Annual administration report of the Civil Veterinary Department of India - 1898-1899
Year: 1898
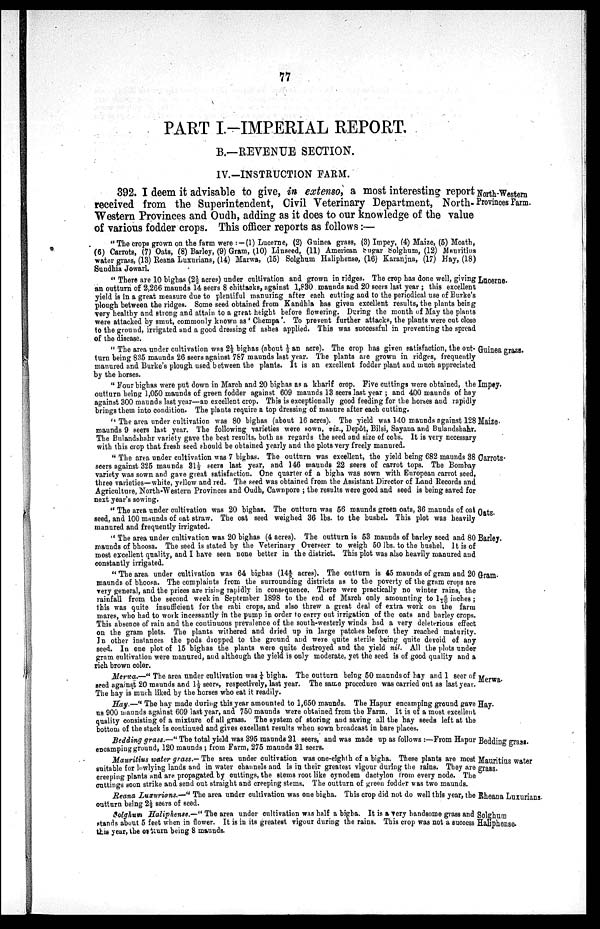
77
PART I.-IMPERIAL REPORT.
B.—REVENUE SECTION.
IV.-INSTRUCTION FARM.
North-Western
Provinces Farm.
392. I deem it advisable to give, in extenso, a most interesting report
received from the Superintendent, Civil Veterinary Department, North-
Western Provinces and Oudh, adding as it does to our knowledge of the value
of various fodder crops. This officer reports as follows:—
"The crops grown on the farm were:—(1) Lucerne, (2) Guinea grass, (3) Impey, (4) Maize, (5) Moath,
(6) Carrots, (7) Oats, (8) Barley, (9) Gram, (10) Linseed, (11) American Sugar Solghum, (12) Mauritius
water grass, (13) Reana Luxurians, (14) Marwa, (15) Solghum Haliphense, (16) Karanjna, (17) Hay, (18)
Sundhia Jowari.
Lucerne.
"There are 10 bighas (2 ½ acres) under cultivation and grown in ridges. The crop has done well, giving
an outturn of 2,266 maunds 14 seers 8 chittacks, against 1,830 maunds and 20 seers last year; this excellent
yield is in a great measure due to plentiful manuring after each cutting and to the periodical use of Burke's
plough between the ridges. Some seed obtained from Kandhla has given excellent results, the plants being
very healthy and strong and attain to a great height before flowering. During the month of May the plants
were attacked by smut, commonly known as 'Chempa'. To prevent further attacks, the plants were cut close
to the ground, irrigated and a good dressing of ashes applied. This was successful in preventing the spread
of the disease.
Guinea grass.
"The area under cultivation was 2½ bighas (about ½ an acre). The crop has given satisfaction, the out-
turn being 835 maunds 26 seers against 787 maunds last year. The plants are grown in ridges, frequently
manured and Burke's plough used between the plants. It is an excellent fodder plant and much appreciated
by the horses.
Impey.
"Four bighas were put down in March and 20 bighas as a kharif crop. Five cuttings were obtained, the
outturn being 1,050 maunds of green fodder against 609 maunds 13 seers last year; and 400 maunds of hay
against 300 maunds last year—an excellent crop. This is exceptionally good feeding for the horses and rapidly
brings them into condition. The plants require a top dressing of manure after each cutting.
Maize.
"The area under cultivation was 80 bighas (about 16 acres). The yield was 140 maunds against 128
maunds 9 seers last year. The following varieties were sown, viz., Depôt, Bilsi, Sayana and Bulandshahr.
The Bulandshahr variety gave the best results, both as regards the seed and size of cobs. It is very necessary
with this crop that fresh seed should be obtained yearly and the plots very freely manured.
Carrots-
"The area under cultivation was 7 bighas. The outturn was excellent, the yield being 682 maunds 38
seers against 325 maunds 31½ seers last year, and 146 maunds 22 seers of carrot tops. The Bombay
variety was sown and gave great satisfaction. One quarter of a bigha was sown with European carrot seed,
three varieties—white, yellow and red. The seed was obtained from the Assistant Director of Land Records and
Agriculture, North-Western Provinces and Oudh, Cawnpore; the results were good and seed is being saved for
next year's sowing.
Oats.
"The area under cultivation was 20 bighas. The outturn was 56 maunds green oats, 36 maunds of oat
seed, and 100 maunds of oat straw. The oat seed weighed 36 lbs. to the bushel. This plot was heavily
manured and frequently irrigated.
Barley.
"The area under cultivation was 20 bighas (4 acres). The outturn is 53 maunds of barley seed and 80
maunds of bhoosa. The seed is stated by the Veterinary Overseer to weigh 50 lbs. to the bushel. It is of
most excellent quality, and I have seen none better in the district. This plot was also heavily manured and
constantly irrigated.
Gram.
"The area under cultivation was 64 bighas (144/5 acres). The outturn is 45 maunds of gram and 20
maunds of bhoosa. The complaints from the surrounding districts as to the poverty of the gram crops are
very general, and the prices are rising rapidly in consequence. There were practically no winter rains, the
rainfall from the second week in September 1898 to the end of March only amounting to 16/10 inches;
this was quite insufficient for the rabi crops, and also threw a great deal of extra work on the farm
mares, who had to work incessantly in the pump in order to carry out irrigation of the oats and barley crops.
This absence of rain and the continuous prevalence of the south-westerly winds had a very deleterious effect
on the gram plots. The plants withered and dried up in large patches before they reached maturity.
In other instances the pods dropped to the ground and were quite sterile being quite devoid of any
seed. In one plot of 15 bighas the plants were quite destroyed and the yield nil. All the plots under
gram cultivation were manured, and although the yield is only moderate, yet the seed is of good quality and a
rich brown color.
Merwa.
Merwa.—" The area under cultivation was ¼ bigha. The outturn being 50 maunds of hay and 1 seer of
seed against 20 maunds and 1½ seers, respectively, last year. The same procedure was carried out as last year.
The hay is much liked by the horses who eat it readily.
Hay.
Hay.—"The hay made during this year amounted to 1,650 maunds. The Hapur encamping ground gave
us 900 maunds against 609 last year, and 750 maunds were obtained from the Farm. It is of a most excellent
quality consisting of a mixture of all grass. The system of storing and saving all the hay seeds left at the
bottom of the stack is continued and gives excellent results when sown broadcast in bare places.
Bedding grass.
Bedding grass.—" The total yield was 395 maunds 21 seers, and was made up as follows:—From Hapur
encamping ground, 120 maunds; from Farm, 275 maunds 21 seers.
Mauritius water
grass.
Mauritius water grass.— The area under cultivation was one-eighth of a bigha. These plants are most
suitable for lowlying lands and in water channels and is in their greatest vigour during the rains. They are
creeping plants and are propagated by cuttings, the stems root like cynodem dactylon from every node. The
cuttings soon strike and send out straight and creeping stems. The outturn of green fodder was two maunds.
Rheana Luxurians.
Reana Luxurians.—" The area under cultivation was one bigha. This crop did not do well this year, the
outturn being 2½ seers of seed.
Solghum
Haliphense.
Solghum Haliphense.—" The area under cultivation was half a bigha. It is a very handsome grass and
stands about 5 feet when in flower. It is in its greatest vigour during the rains. This crop was not a success
this year, the of turn being 8 maunds.